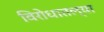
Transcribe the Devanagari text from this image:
विरोधातल्या